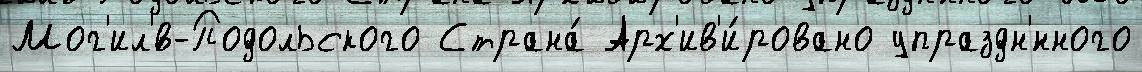
Мог'ил'́в-Подольского Страна́ Арх'ив'и́ровано упраздн'́нного